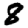
Digit: 8